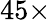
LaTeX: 45\times